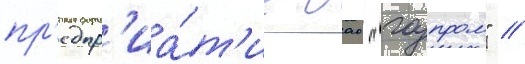
пр'едпр'иа́т'ие оао "газпром" //